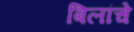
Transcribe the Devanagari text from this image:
बिलांचे